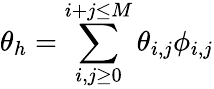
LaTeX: \theta_{h}=\sum_{i,j\ge 0}^{i+j\le M}\theta_{i,j}\phi_{i,j}